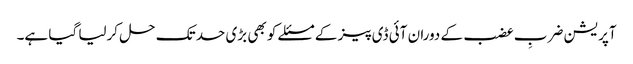
آپریشن ضربِ عضب کے دوران آئی ڈی پیز کے مسئلے کو بھی بڑی حد تک حل کرلیا گیا ہے۔